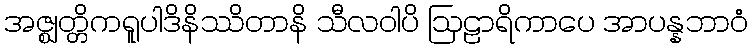
အဇ္ဈတ္တိကရူပါဒိနိဿိတာနိ သီလဝါပိ ဩဠာရိကာပေ အာပန္နဘာဝံ